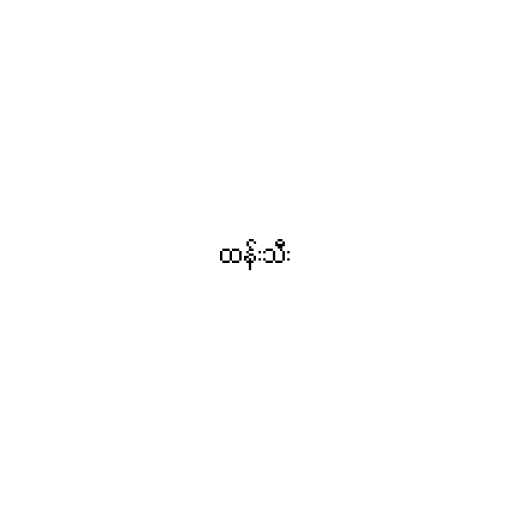
ထန်းသီး